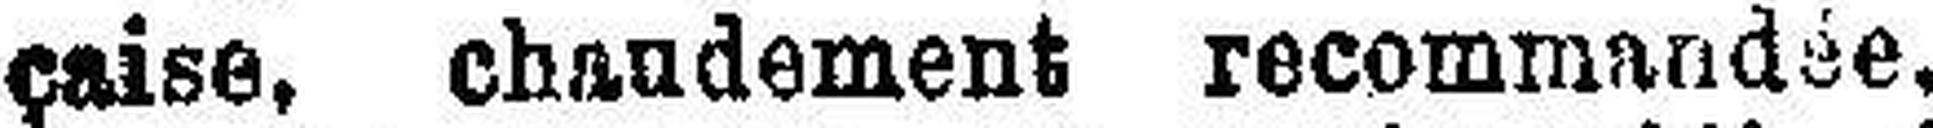
çaise, chaudement recommandée,